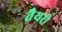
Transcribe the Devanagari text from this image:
तैयरी